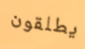
يطلقون